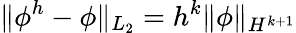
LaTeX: \| \phi^{h}-\phi\| _{L_{2}}=h^{k}\| \phi\| _{H^{k+1}}